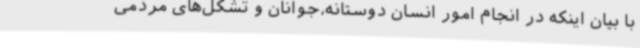
با بیان اینکه در انجام امور انسان دوستانه،جوانان و تشکل‌های مردمی